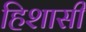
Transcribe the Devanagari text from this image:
हिशासी